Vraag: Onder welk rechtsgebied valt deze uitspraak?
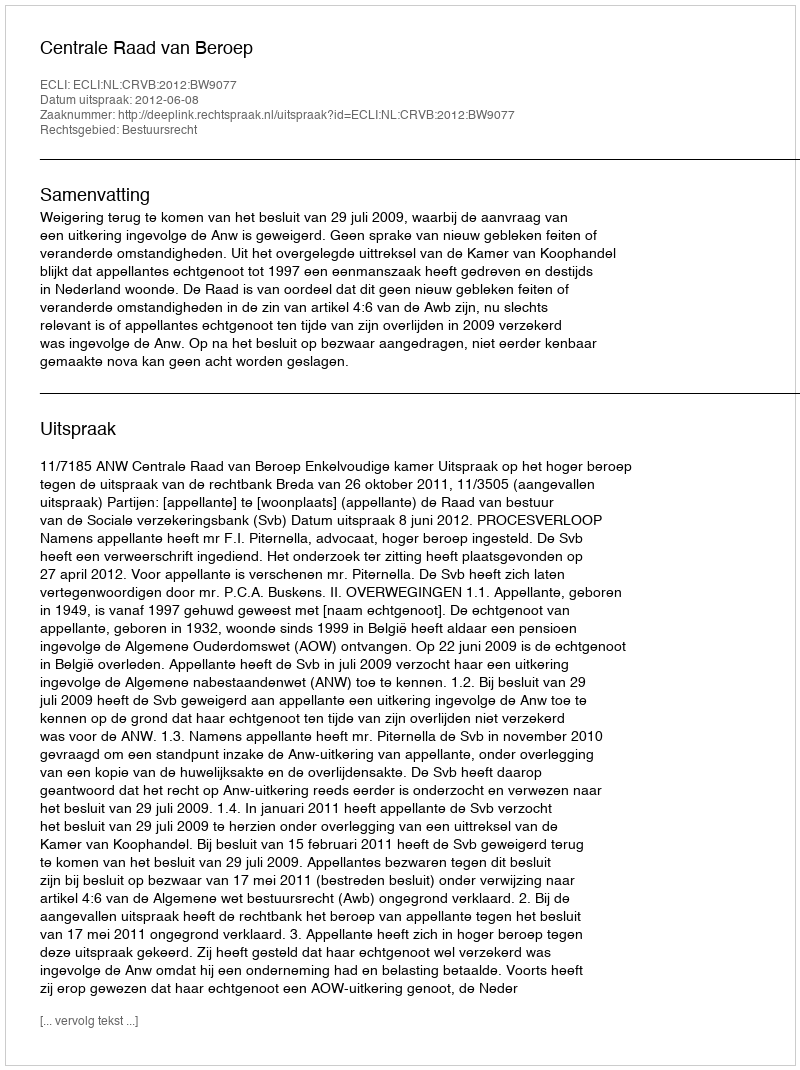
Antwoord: Bestuursrecht